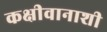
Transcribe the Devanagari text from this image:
कक्षीवानाशी